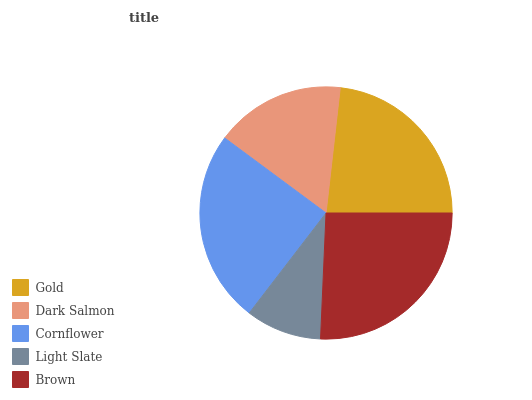
| Gold | Dark Salmon | Cornflower | Light Slate | Brown |
 | --- | --- | --- | --- | --- |
 | 23.2% | 16.7% | 24.7% | 9.73% | 25.6% |